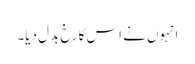
انہوں نے اس کا رخ بدل دیا۔